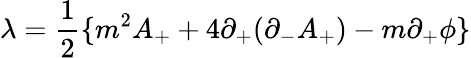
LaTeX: {\lambda}=\frac{1}{2}\{ m^{2}A_{+}+4{\partial}_{+}({\partial}_{-}A_{+})-m{\partial}_{+}{\phi}\}